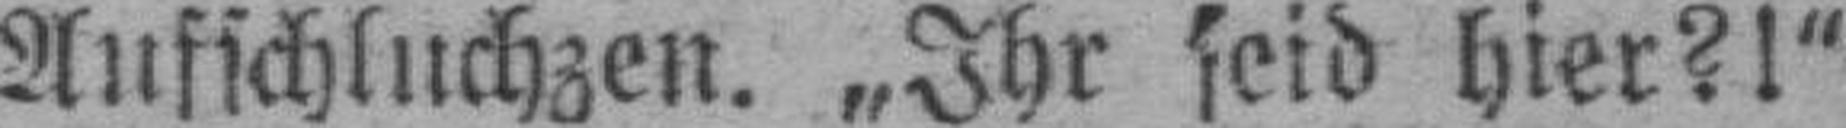
Aufschluchzen. „Ihr seid hier?!“